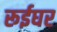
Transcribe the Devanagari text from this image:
रूईघर